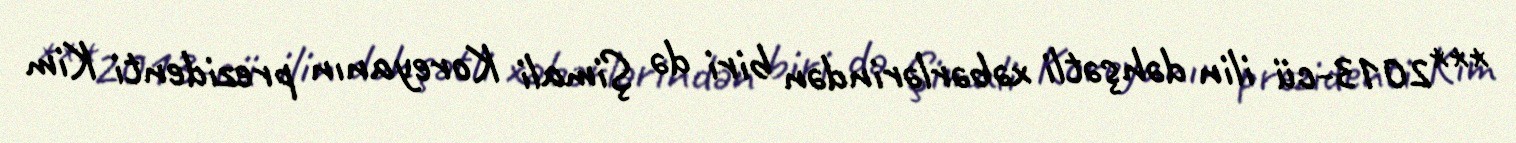
***2013-cü ilin dəhşətli xəbərlərindən biri də Şimali Koreyanın prezidenti Kim